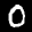
Label: 0